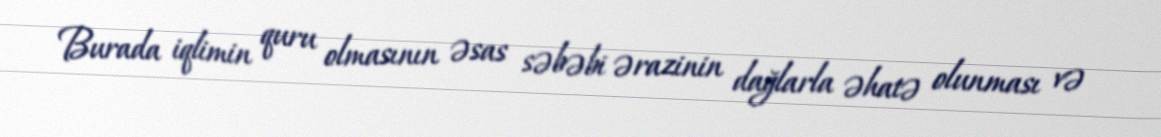
Burada iqlimin quru olmasının əsas səbəbi ərazinin dağlarla əhatə olunması və